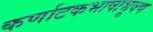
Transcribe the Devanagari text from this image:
कर्णाटकभाषाभूषण